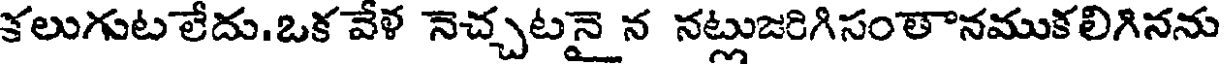
కలుగుట లేదు.ఒక వేళ నెచ్చటనై న నట్లుజరిగిసంతానముకలిగినను